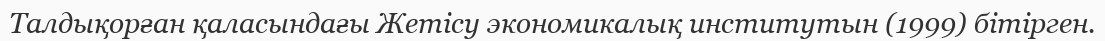
Талдықорған қаласындағы Жетісу экономикалық институтын (1999) бітірген.